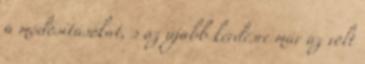
a módosításokat, s az újabb kérdésre már az volt